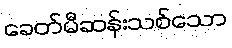
ခေတ်မီဆန်းသစ်သော